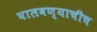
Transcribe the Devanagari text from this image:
घालवण्याचीच